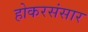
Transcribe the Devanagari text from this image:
होकरसंसार